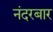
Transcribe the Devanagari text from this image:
नंदरबार